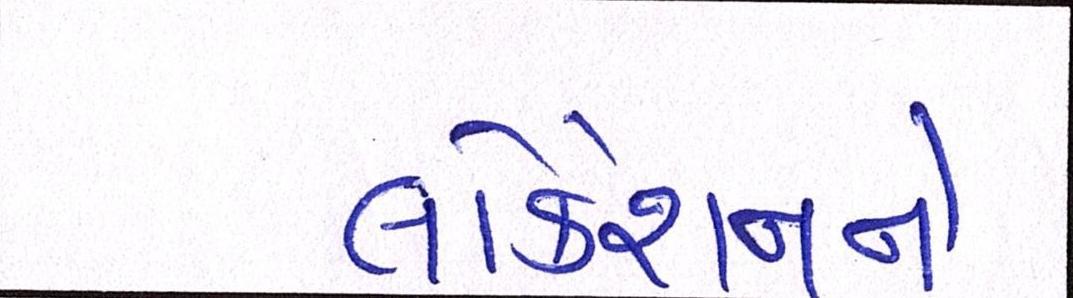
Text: લોકેશનને